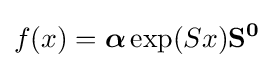
f(x)={\boldsymbol {\alpha }}\exp({S}x)\mathbf {S^{0}}